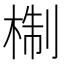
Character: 𭪩